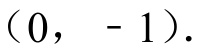
\((0,-1)\)